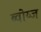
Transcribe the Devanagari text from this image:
ब्वोय्ज